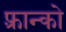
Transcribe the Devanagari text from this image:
फ़्रान्को